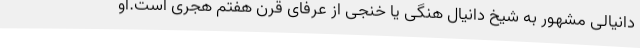
دانیالی مشهور به شیخ دانیال هنگی یا خنجی از عرفای قرن هفتم هجری است.او